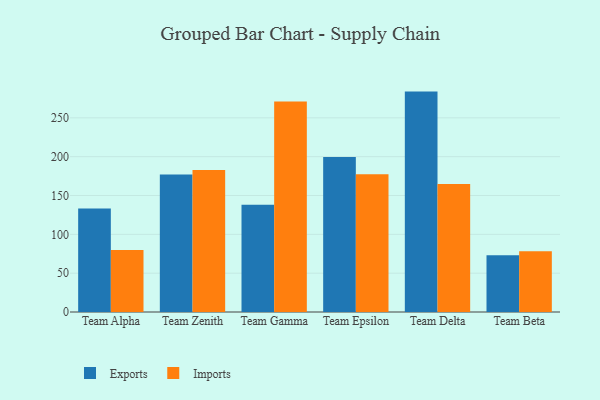
{"axis": {"x": "Team", "y": "Population (Million)"}, "legend": ["Exports", "Imports"], "data": [{"x": "Team Alpha", "y": 133.2, "type": "Exports"}, {"x": "Team Alpha", "y": 79.9, "type": "Imports"}, {"x": "Team Zenith", "y": 177.0, "type": "Exports"}, {"x": "Team Zenith", "y": 183.0, "type": "Imports"}, {"x": "Team Gamma", "y": 138.1, "type": "Exports"}, {"x": "Team Gamma", "y": 271.2, "type": "Imports"}, {"x": "Team Epsilon", "y": 199.6, "type": "Exports"}, {"x": "Team Epsilon", "y": 177.5, "type": "Imports"}, {"x": "Team Delta", "y": 283.8, "type": "Exports"}, {"x": "Team Delta", "y": 164.8, "type": "Imports"}, {"x": "Team Beta", "y": 73.1, "type": "Exports"}, {"x": "Team Beta", "y": 78.1, "type": "Imports"}]}